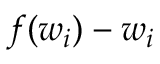
f ( w _ { i } ) - w _ { i }